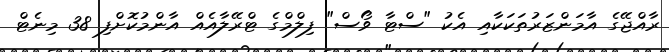
ރާއްޖޭގެ އާމަންޒަރުތަކަކާއި އެކު "ސްޓާ ވޯސް" ފިލްމްގެ ޓްރޭލާއެއް އާންމުކޮށްފި 38 މިނެޓް